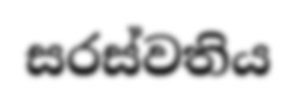
සරස්වතිය